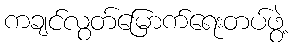
ကချင်လွတ်မြောက်ရေးတပ်ဖွဲ့